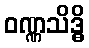
ဝဏ္ဏသိဒ္ဓိ